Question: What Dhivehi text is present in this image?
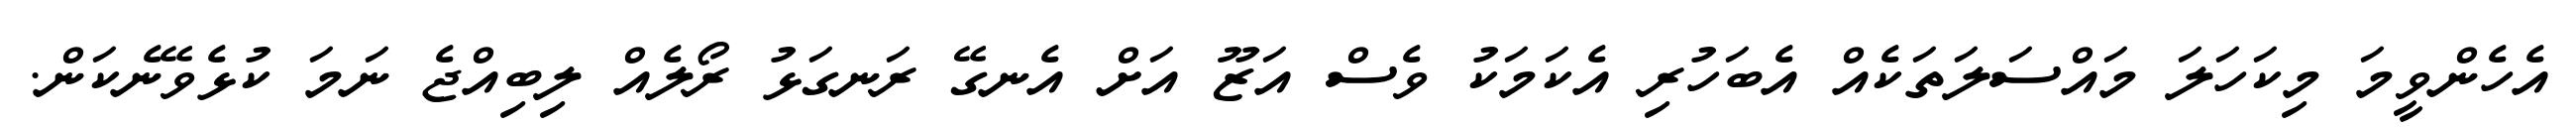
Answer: އެހެންވީމަ މިކަހަލަ މައްސަލަތަކެއް އެބަހުރި އެކަމަކު ވެސް އަޒޫ އަށް އެނގޭ ރަނގަޅު ރޯލެއް ލިބިއްޖެ ނަމަ ކުޅެވޭނެކަން.